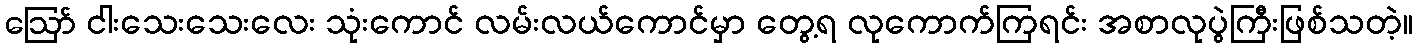
ဪ ငါးသေးသေးလေး သုံးကောင် လမ်းလယ်ကောင်မှာ တွေ့ရ လုကောက်ကြရင်း အစာလုပွဲကြီးဖြစ်သတဲ့။